system: You are a helpful assistant.
user:
Analyze the provided spectrum to determine if it is a **Carbon Star (C-type)**.

- **Key Visual Indicators of Carbon Star:**
    - **(Primary):** Strong molecular absorption from **C₂ (diatomic carbon) "Swan Bands."** This is the **defining feature** of a carbon star.
        - **(Key Bandheads):** Sharp absorption edges are visible at approximately $5635$ Å, $5165$ Å (the strongest band), and $4737$ Å.
        - **(Line Profile):** Creates a distinct **"saw-tooth"** pattern. The key morphology is a sharp, steep bandhead on the **red (long-wavelength) side**, which then gradually tapers off (i.e., flux recovers) towards the **blue (short-wavelength) side**. *(This is the direct opposite of the TiO bands seen in M-type stars)*.

    - **(Secondary):** Intense **CN (cyanogen)** molecular absorption bands.
        - **(Key Bandheads):** Located in the blue and violet regions of the spectrum (e.g., near $4215$ Å and $3883$ Å).
        - **(Morphology):** These bands are extremely broad and act as a "blanket," absorbing the vast majority of blue and violet light. This creates a characteristic **"cliff"** or **"steep drop-off"** in the spectrum's flux at short wavelengths.

    - **(Key Confirmation):** Strong **CH absorption band (G-band)**.
        - **(Key Bandhead):** Located around $4300$ Å. The contribution from CH molecules to this band is exceptionally strong.

    - **(Overall Spectrum):**
        - The continuum is severely "chopped up" by these deep molecular bands, especially C₂, rather than appearing as a smooth curve.
        - Due to the heavy CN and C₂ absorption in the blue-green, the vast majority of the star's flux is concentrated in the red part of the spectrum, giving the star its characteristic deep red color.

Think first, call **spectral_visualization_tool** if needed to examine features in detail, then provide your final answer. Your response must adhere to the following strict rules:
1.  **Overall Structure:** Your response must follow the format `<think>...</think> <tool_call>...</tool_call> (if a tool is used) <answer>...</answer>`.
2.  **Tool Usage Constraint:** You may only make **one** tool call per turn.
3.  **Final Answer Format:** In the `<answer>` tag, your conclusion must be inside a `\boxed{}` command (e.g., `\boxed{YES}`), followed by your justification.

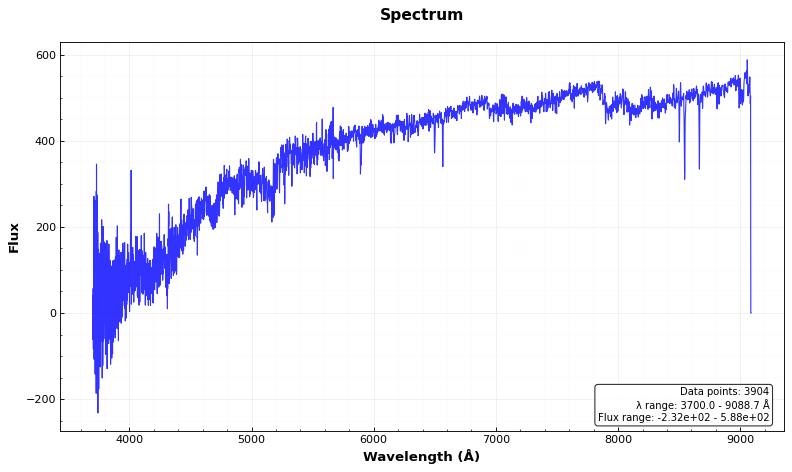
Answer: YES